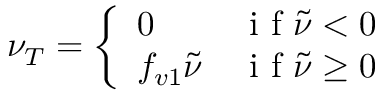
\nu _ { T } = \left\{ \begin{array} { l l } { 0 } & { \mathrm { ~ i ~ f ~ } \tilde { \nu } < 0 } \\ { f _ { v 1 } \tilde { \nu } } & { \mathrm { ~ i ~ f ~ } \tilde { \nu } \geq 0 } \end{array} \right.